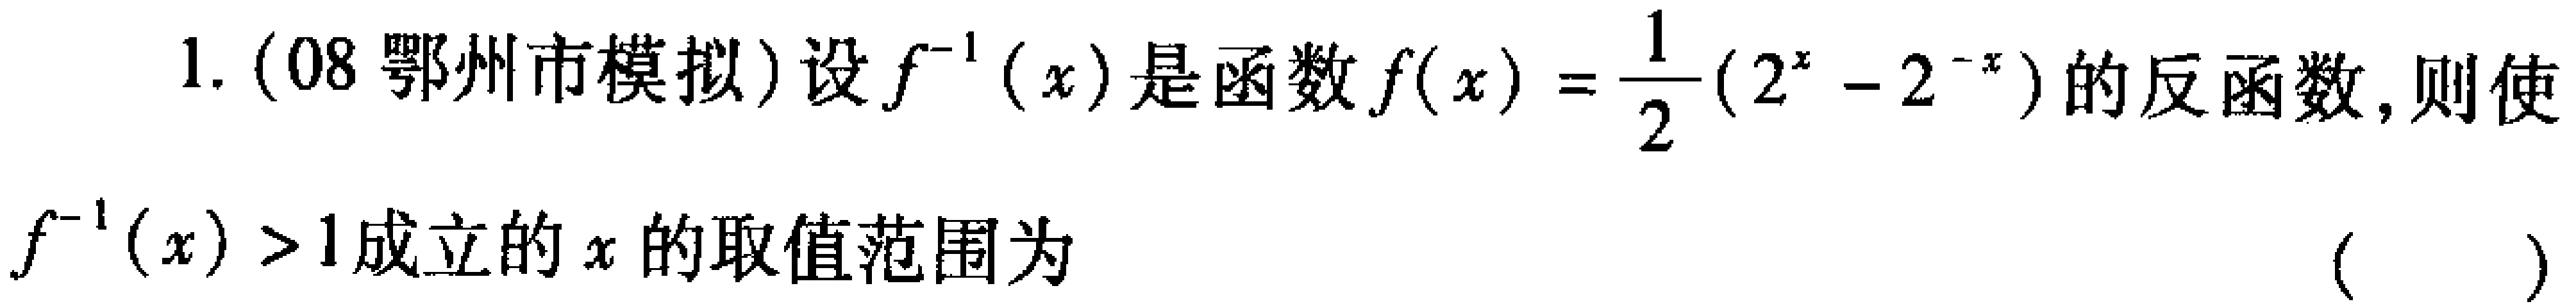
1. (08 鄂州市模拟)设$f^{-1}(x)$是函数$f(x)=\frac{1}{2}(2^{x}-2^{-x})$的反函数,则使

$f^{-1}(x)>1$成立的$x$的取值范围为 （  ）